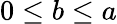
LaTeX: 0\leq b\leq a